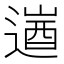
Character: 𮞹